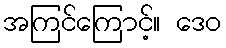
အကြင်ကြောင့်။ ဒေဝ